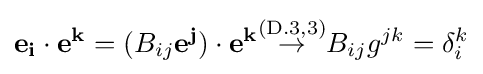
\mathbf {e_{i}} \cdot \mathbf {e^{k}} =(B_{ij}\mathbf {e^{j}} )\cdot \mathbf {e^{k}} {\stackrel {\text{(D.3,3)}}{\to }}B_{ij}g^{jk}=\delta _{i}^{k}